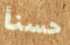
حسنأ